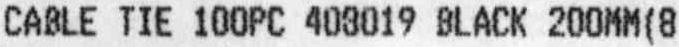
CABLE TIE 100PC 408019 BLACK 200MM(8